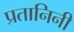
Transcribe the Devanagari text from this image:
प्रतानिनी